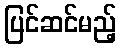
ပြင်ဆင်မည့်